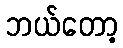
ဘယ်တော့